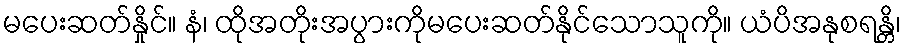
မပေးဆတ်နှိုင်။ နံ၊ ထိုအတိုးအပွားကိုမပေးဆတ်နိုင်သောသူကို။ ယံပိအနုစရန္တိ၊